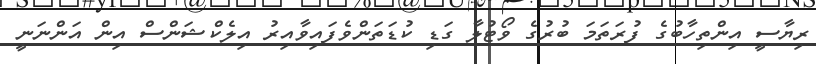
ރިޔާސީ އިންތިހާބުގެ ފުރަތަމަ ބުރުގެ ވޯޓުލާ ގަޑި ކުޑަތަންވެފައިވާއިރު އިލެކްޝަންސް އިން އަންނަނީ